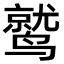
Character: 鹫